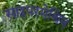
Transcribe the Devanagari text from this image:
साइपरमेथिन